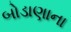
બોડાણાના